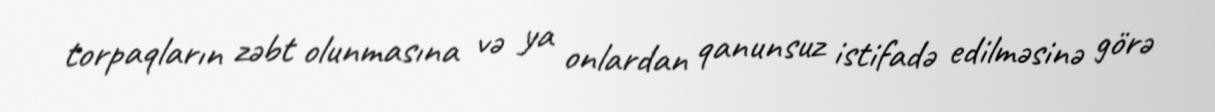
torpaqların zəbt olunmasına və ya onlardan qanunsuz istifadə edilməsinə görə